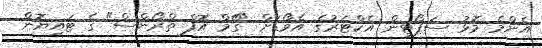
އެންމެ މޮޅު ސަޕޯޓިން އެކްޓަރުގެ އެވޯޑަށް "ގޭމް އޮފް ތްރޯންސް" ގެ ޓައިޔޮން